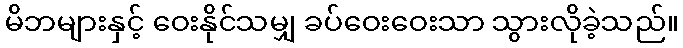
မိဘများနှင့် ဝေးနိုင်သမျှ ခပ်ဝေးဝေးသာ သွားလိုခဲ့သည်။